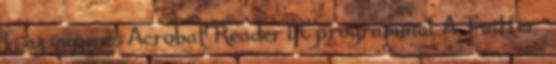
ki az ingyenes Acrobat Reader DC programmal. A Twitter™